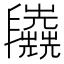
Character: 𠃈